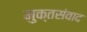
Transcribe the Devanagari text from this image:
मुक्तसंवाद